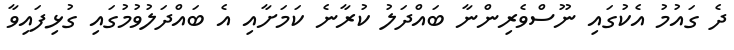
ދެ ގައުމު އެކުގައި ނޫސްވެރިންނާ ބައްދަލު ކުރާނެ ކަމަށާއި އެ ބައްދަލުވުމުގައި ގުޅިފައިވާ